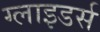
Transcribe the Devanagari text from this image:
ग्लाइडर्स